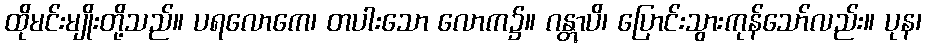
ထိုမင်းမျိုးတို့သည်။ ပရလောကေ၊ တပါးသော လောက၌။ ဂန္တွာပိ၊ ပြောင်းသွားကုန်သော်လည်း။ ပုန၊